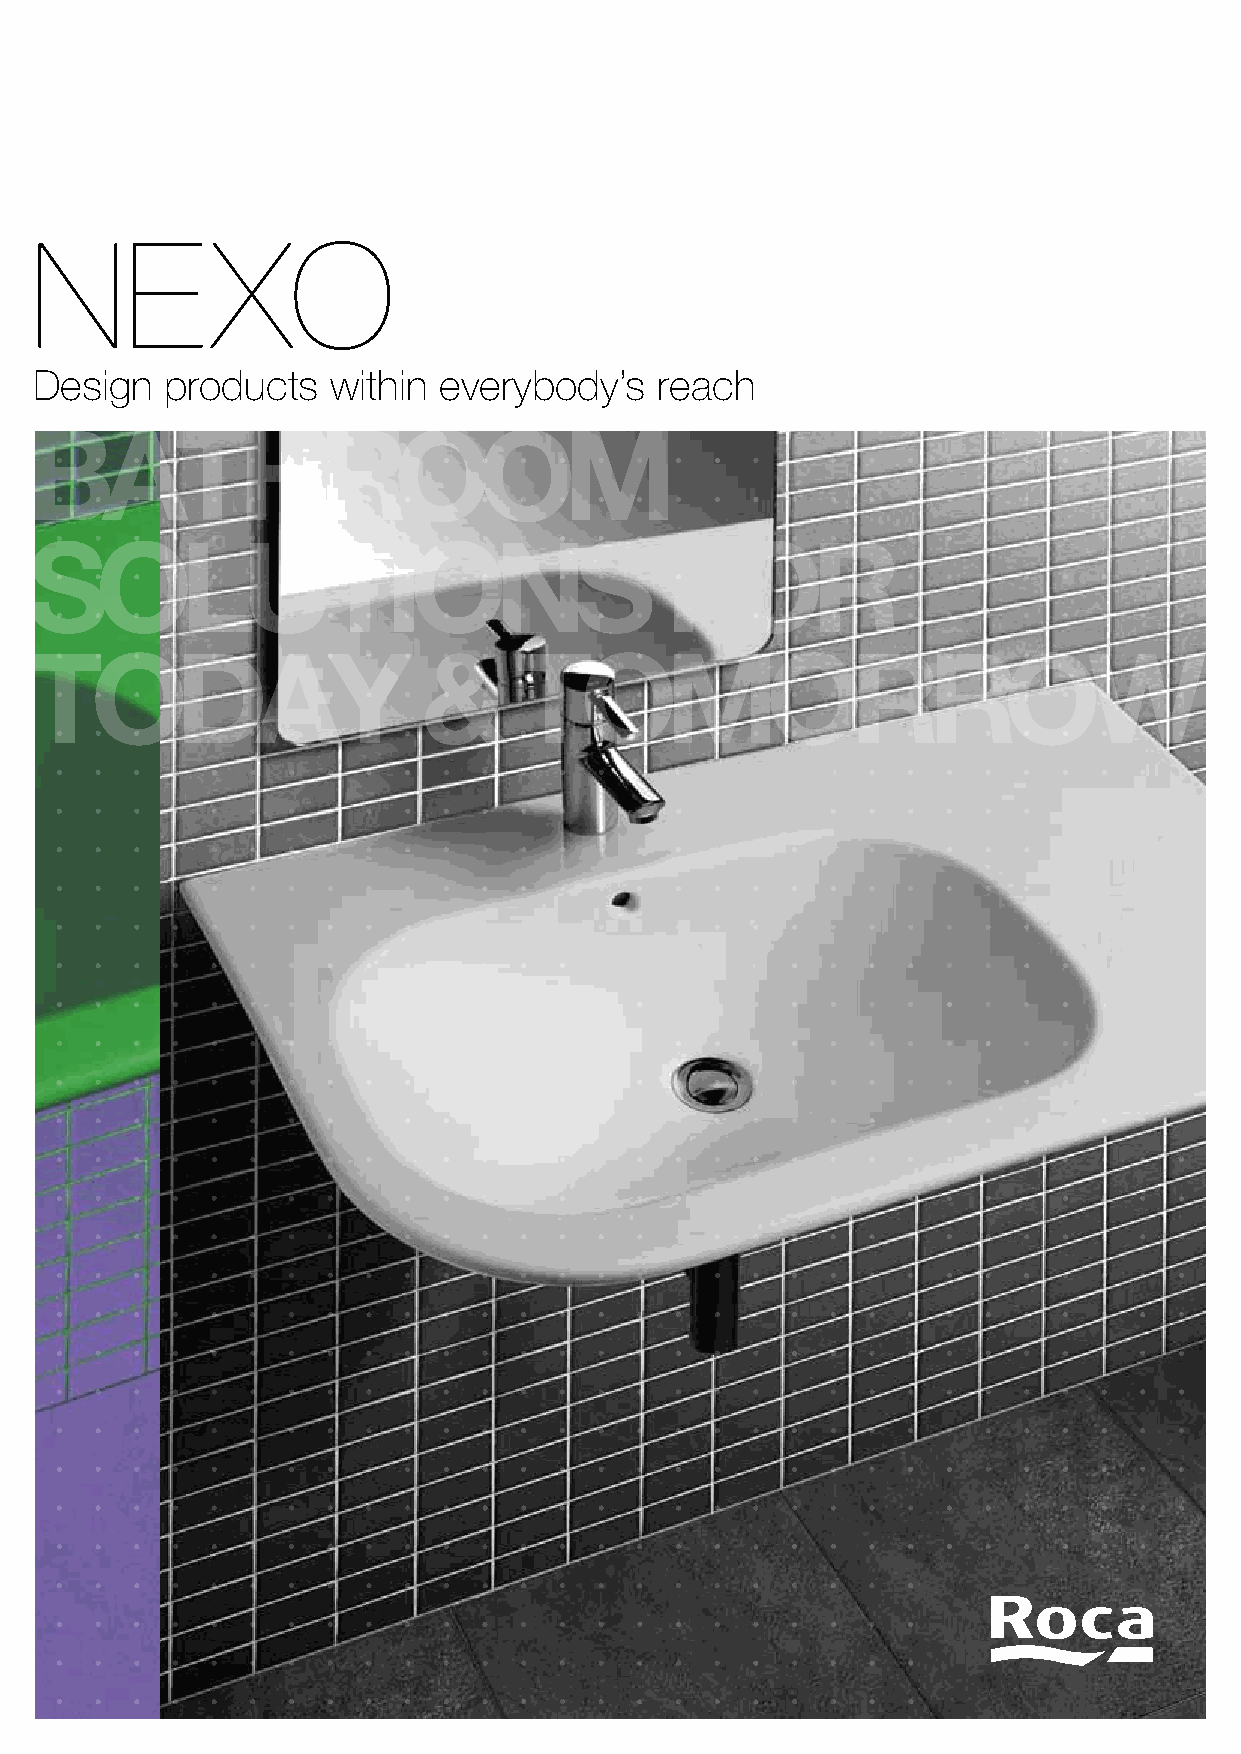
NE          XO
 Design   products   within everybody’s    reach